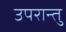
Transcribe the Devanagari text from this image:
उपरान्तु